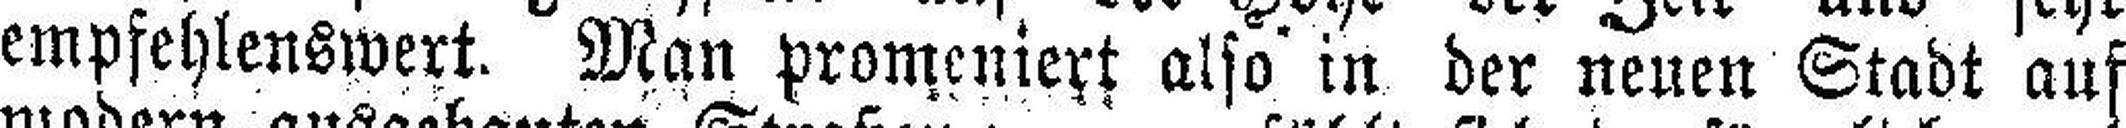
empfehlenswert. Man promeniert also in der neuen Stadt auf